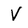
Character: V